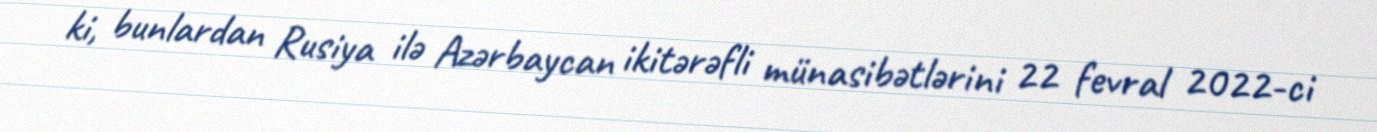
ki, bunlardan Rusiya ilə Azərbaycan ikitərəfli münasibətlərini 22 fevral 2022-ci